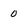
Character: 0